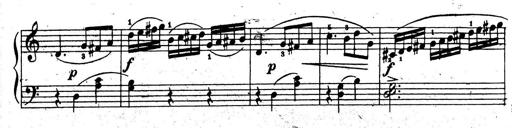
Title: 10 Sonatinas
Composer: Fritz Spindler